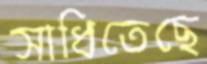
সাধিতেছে